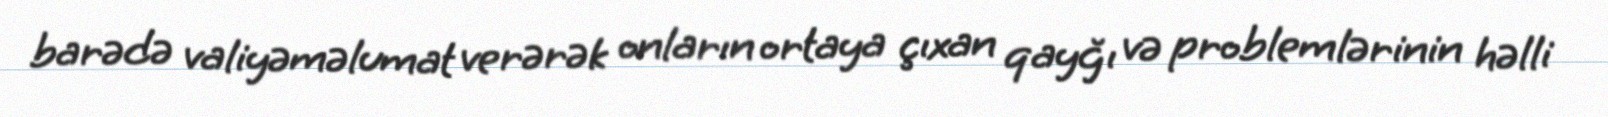
barədə valiyəməlumat verərək onların ortaya çıxan qayğı və problemlərinin həlli